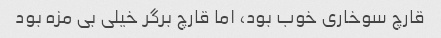
قارچ سوخاری خوب بود، اما قارچ برگر خیلی بی مزه بود